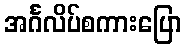
အင်္ဂလိပ်စကားပြော